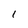
Character: 1